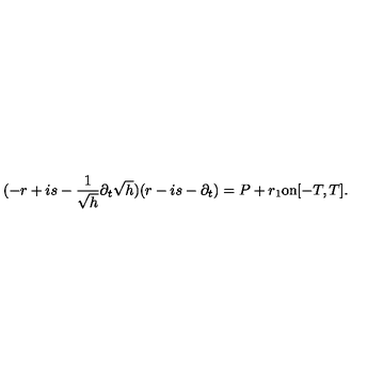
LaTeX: ( - r + i s - \frac { 1 } { \sqrt { h } } \partial _ { t } \sqrt { h } ) ( r - i s - \partial _ { t } ) = P + r _ { 1 } \mathrm { o n } [ - T , T ] .